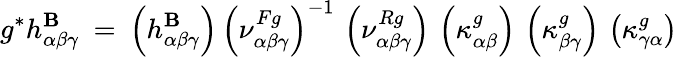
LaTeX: g^{*}h_{\alpha\beta\gamma}^{\mathbf{B}}\: =\: \left(h_{\alpha\beta\gamma}^{\mathbf{B}}\right)\, \left(\nu_{\alpha\beta\gamma}^{Fg}\right)^{-1}\, \left(\nu_{\alpha\beta\gamma}^{Rg}\right)\, \left(\kappa_{\alpha\beta}^{g}\right)\, \left(\kappa_{\beta\gamma}^{g}\right)\, \left(\kappa_{\gamma\alpha}^{g}\right)